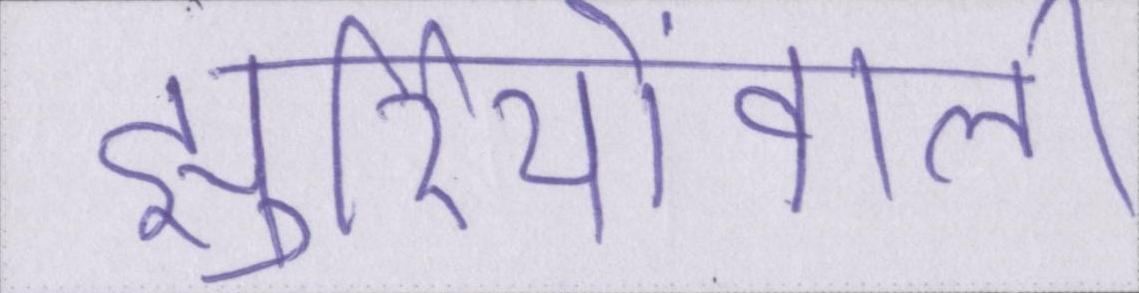
झुर्रियोंवाली